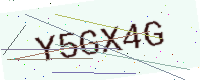
Text: Y5GX4G